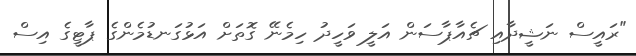
"ރައީސް ނަޝީދާއި ޗެއާޕާސަން އަލީ ވަހީދު ހިމެނޭ ގޮތަށް އަޅުގަނޑުމެންގެ ޕާޓީގެ އިސް